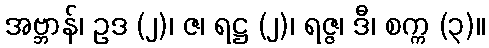
အဗ္ဘာန်၊ ဥဒ (၂)၊ ဇ၊ ရဋ္ဌ (၂)၊ ရဇ္ဇ၊ ဒီ၊ စက္က (၃)။